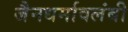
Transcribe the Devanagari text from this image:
जैनधर्मावलंबी